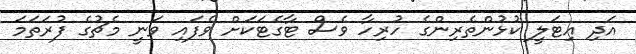
އަދި އިޓަލީ ކުޅުންތެރިންގެ ހުރިހާ ވެސް ޓާގެޓަކަށް ވެފައި ވަނީ މެޗުގެ ފުރަތަމަ